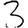
Digit: 3